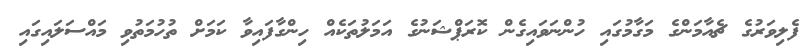
ފެލިވަރުގެ ޗެއާމަންގެ މަގާމުގައި ހުންނަވައިގެން ކޮރަޕްޝަނުގެ އަމަލުތަކެއް ހިންގާފައިވާ ކަމަށް ތުހުމަތުވި މައްސަލައިގައި